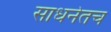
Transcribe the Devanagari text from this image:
साधनेतच